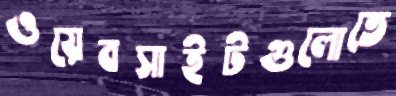
ওয়েবসাইটগুলোতে